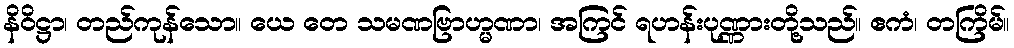
နိဝိဋ္ဌာ၊ တည်ကုန်သော။ ယေ တေ သမဏဗြာဟ္မဏာ၊ အကြင် ရဟန်းပုဏ္ဏားတို့သည်။ ဧကံ၊ တကြိမ်။